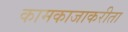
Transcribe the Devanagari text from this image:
कामकाजाकरीता